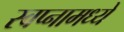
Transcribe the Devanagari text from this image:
स्वप्नामध्ये